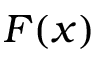
F ( x )